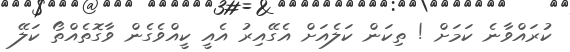
ކުރައްވާނެ ކަމަށް ! ތިކަން ކަލެއަށް އެގޭއިރު އެއީ ކީއްވެގެން ވާގޮތެއްތޯ ކަލޭ